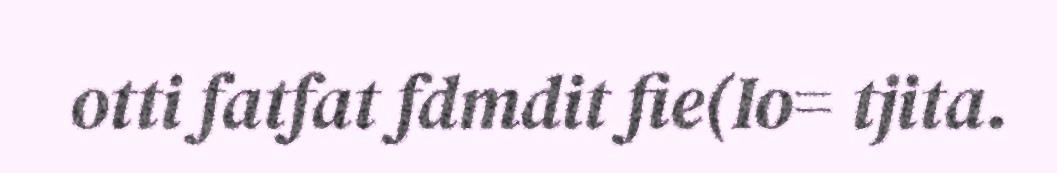
otti fatfat fdmdit fie(Io= tjita.